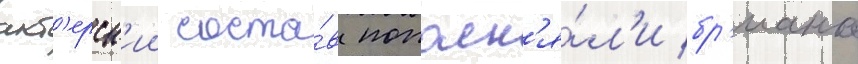
акт'ерск'ии соста́в пополн'я́л'и бр'иана